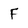
Character: F